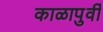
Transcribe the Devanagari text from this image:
काळापुर्वी